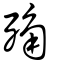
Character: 𣨍